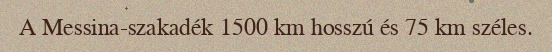
A Messina-szakadék 1500 km hosszú és 75 km széles.